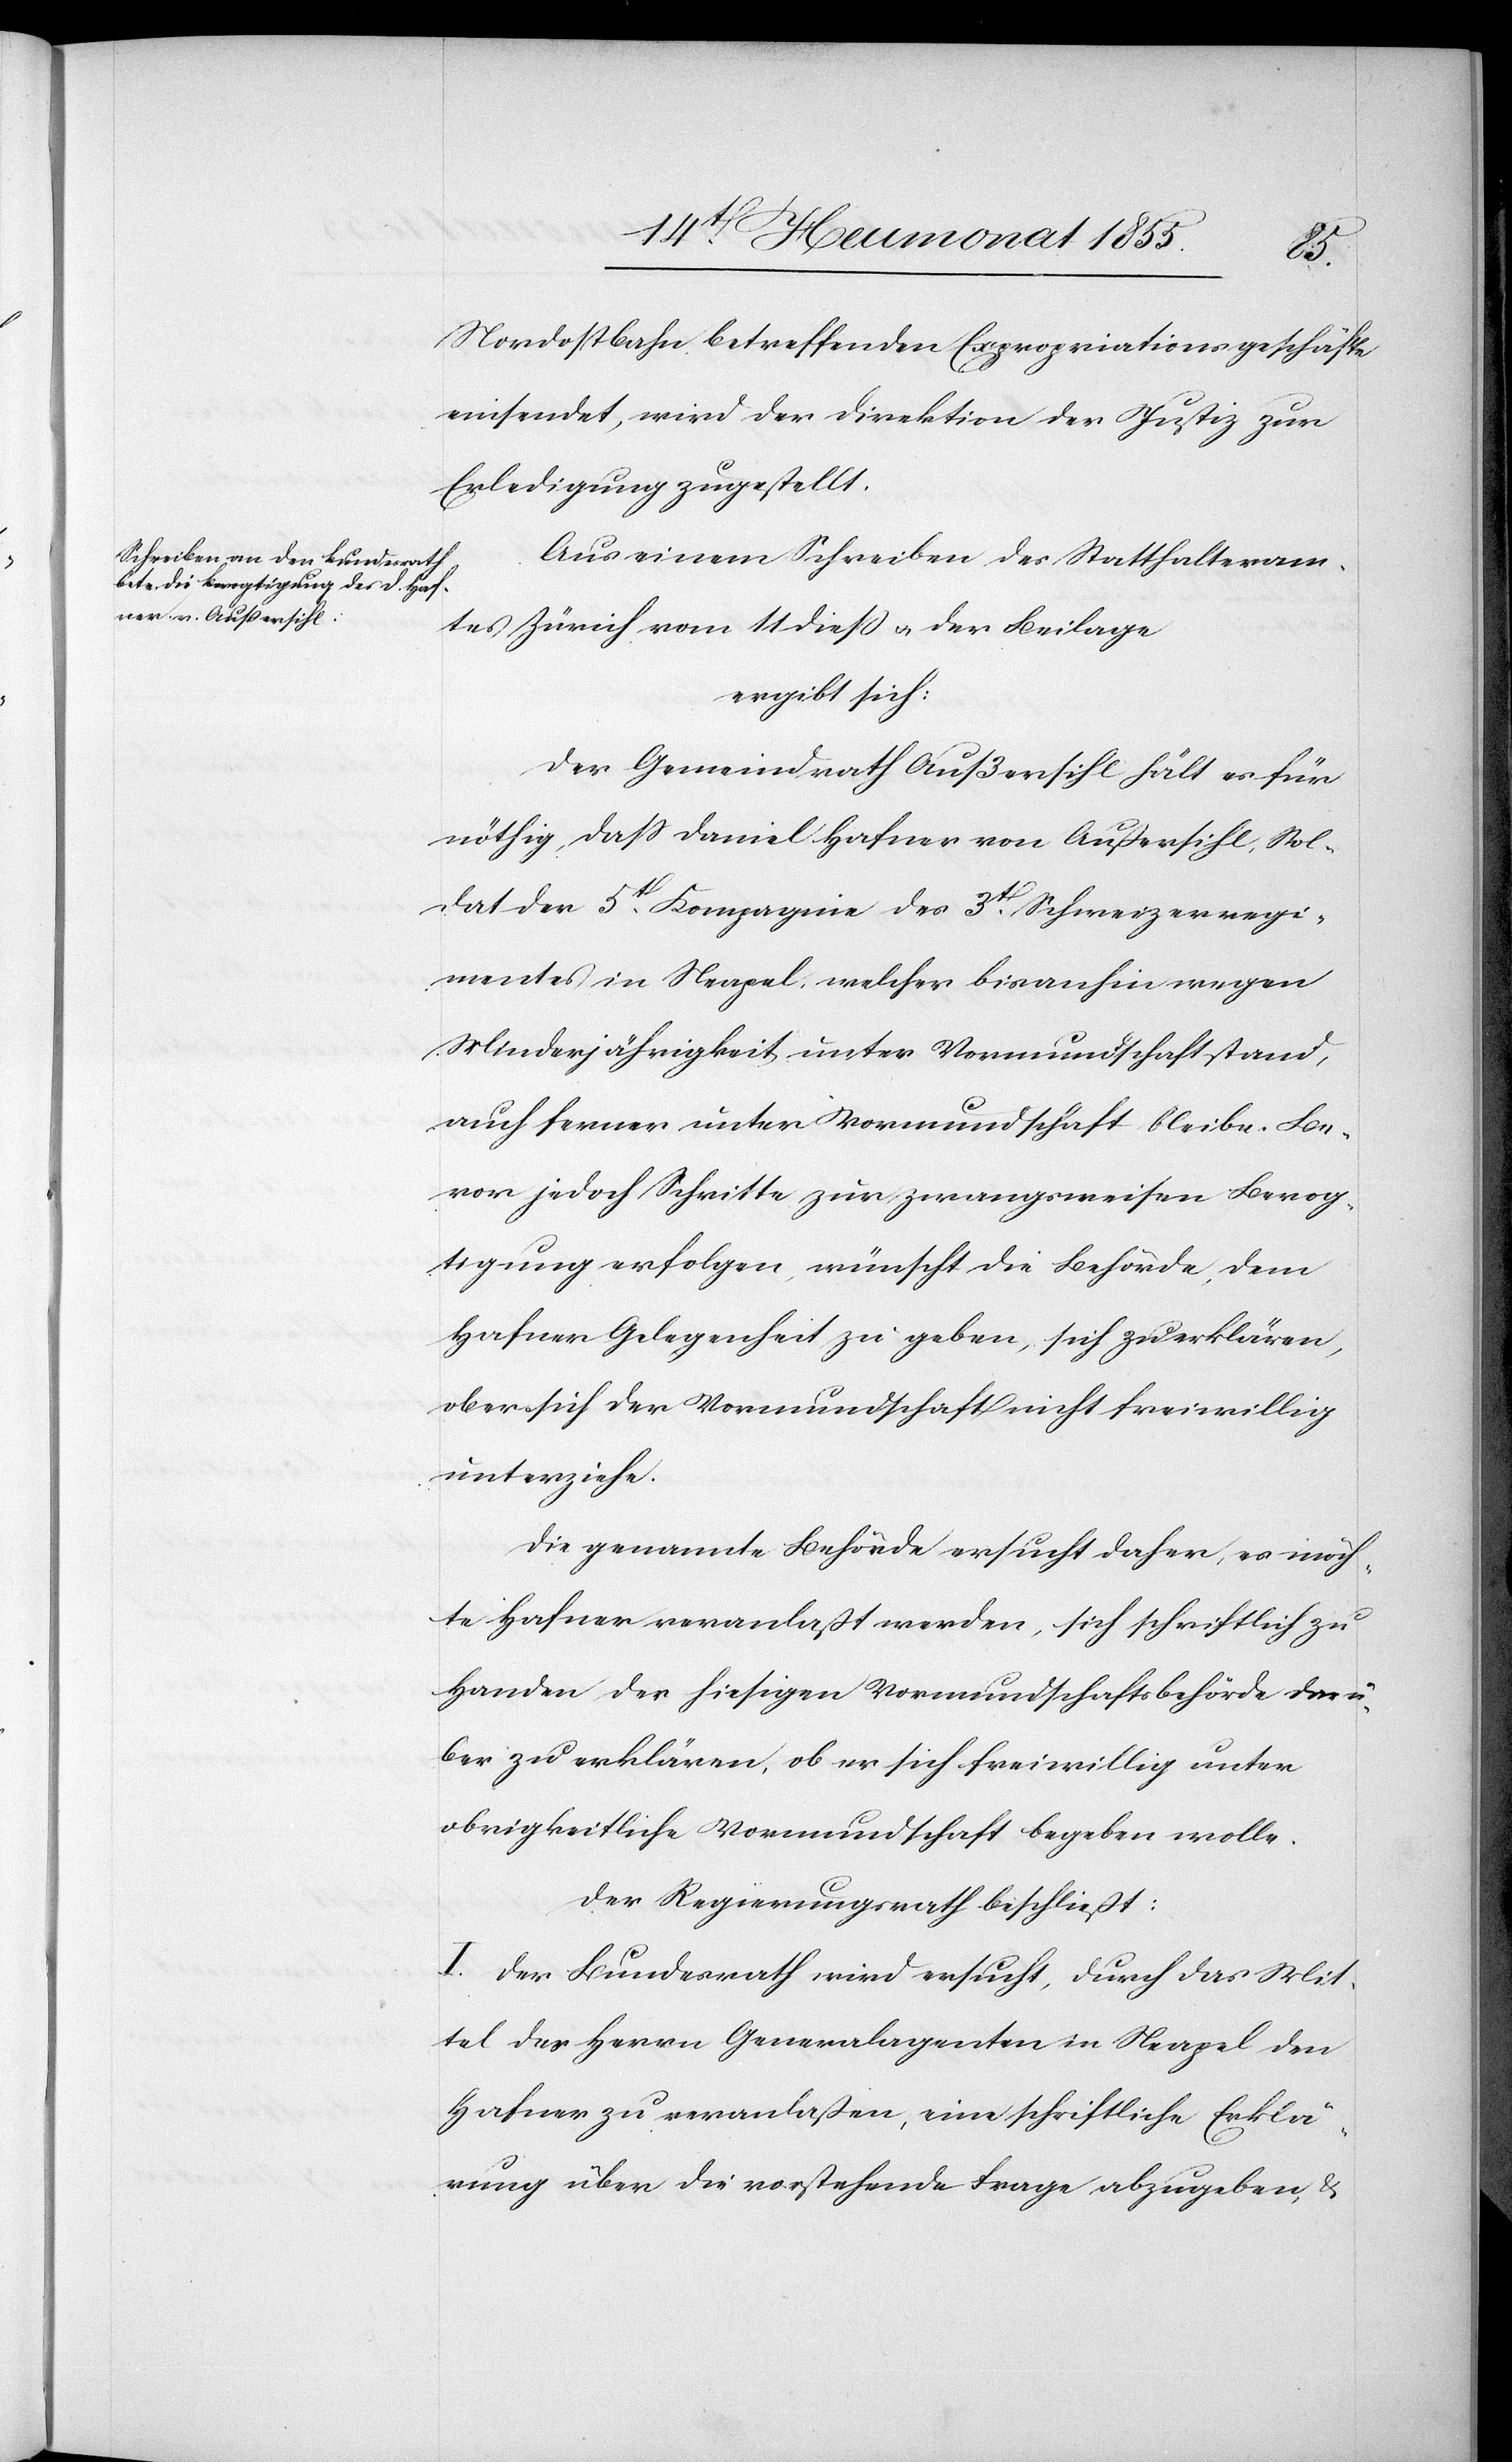
Nordostbahn betreffenden Expropriationsgeschäfte
einsendet, wird der Direktion der Justiz zur
Erledigung zugestellt.
Aus einem Schreiben des Statthalteram¬
tes Zürich vom 11 dieß & der Beilage
ergibt sich:
Der Gemeindrath Außersihl hält es für
nöthig, dass Daniel Hafner von Außersihl, Sol¬
dat der 5t[en]. Kompagnie des 3t[en]. Schweizerregi¬
mentes in Neapel, welcher bisanhin wegen
Minderjährigkeit unter Vormundschaft stand,
auch ferner unter Vormundschaft bleibe. Be¬
vor jedoch Schritte zur zwangsweisen Bevog¬
tigung erfolgen, wünscht die Behörde, dem
Hafner Gelegenheit zu geben, sich zu erklären,
ob er sich der Vormundschaft nicht freiwillig
unterziehe.
Die genannte Behörde ersucht daher, es möch¬
te Hafner veranlaßt werden, sich schriftlich zu
Handen der hiesigen Vormundschaftsbehörde darü¬
ber zu erklären, ob er sich freiwillig unter
obrigkeitliche Vormundschaft begeben wolle.
Der Regierungsrath beschließt:
I. Der Bundesrath wird ersucht, durch das Mit¬
tel des Herrn Generalagenten in Neapel den
Hafner zu veranlaßen, eine schriftliche Erklä¬
rung über die vorstehende Frage abzugeben, &